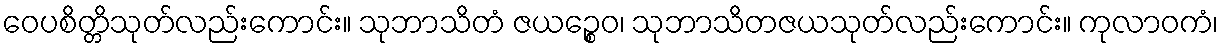
ဝေပစိတ္တိသုတ်လည်းကောင်း။ သုဘာသိတံ ဇယဉ္စေဝ၊ သုဘာသိတဇယသုတ်လည်းကောင်း။ ကုလာဝကံ၊